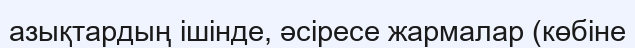
азықтардың ішінде, әсіресе жармалар (көбіне